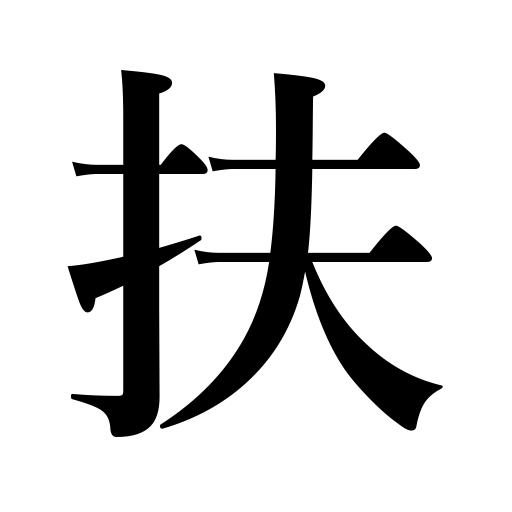
Meanings: spare life,give relief to,abet,rescue,help,reinforce,save,promote